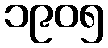
၁၉၀၅